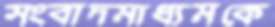
সংবাদমাধ্যমকে